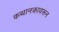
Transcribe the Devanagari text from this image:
कथानकावरून